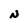
Character: N